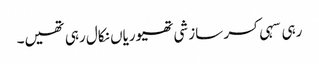
رہی سہی کسر سازشی تھیوریاں نکال رہی تھیں۔